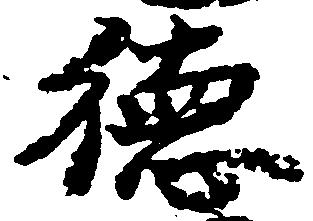
徳